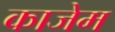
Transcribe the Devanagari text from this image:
काजेम